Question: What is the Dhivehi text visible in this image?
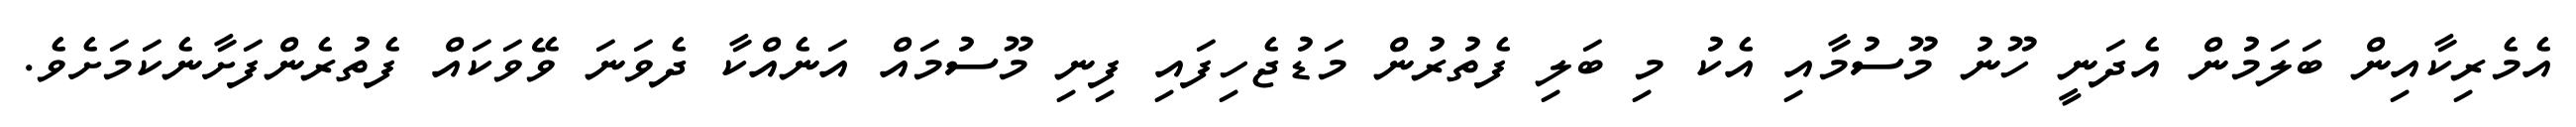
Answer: އެމެރިކާއިން ބަލަމުން އެދަނީ ހޫނު މޫސުމާއި އެކު މި ބަލި ފެތުރުން މަޑުޖެހިފައި ފިނި މޫސުމައް އަނެއްކާ ދެވަނަ ވޭވަކައް ފެތުރެންފަށާނެކަމަށެވެ.